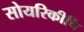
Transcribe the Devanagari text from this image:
सोयरिकीचि